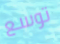
توسع